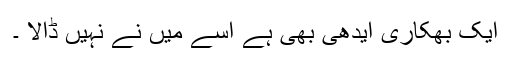
ایک بھکاری ایدھی بھی ہے اُسے میں نے نہیں ڈالا ۔